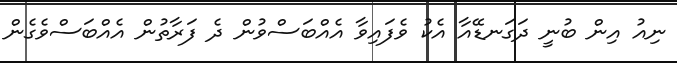
ނިއު އިން ބުނީ ދަގަނޑޭއާ އެކު ވެފައިވާ އެއްބަސްވުން ދެ ފަރާތުން އެއްބަސްވެގެން